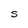
Character: S